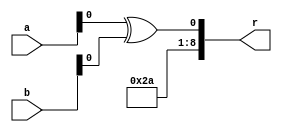
/* Generated by Yosys 0.9+4052 (git sha1 a5adb007, gcc 9.3.0-17ubuntu1~20.04 -fPIC -Os) */

module circ(a, b, r);
  wire \U0.po0 ;
  input [8:0] a;
  input [8:0] b;
  output [8:0] r;
  assign \U0.po0  = a[0] ^ b[0];
  assign r = { 8'h2a, \U0.po0  };
endmodule